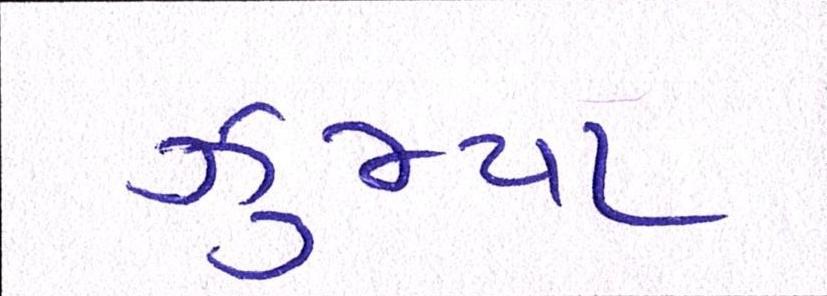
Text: ઝુમ્યા